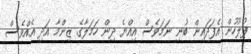
ފުލުހުން އެފަދައިން ބުނި ނަމަވެސް އިއްޔެ ދިން ހަމަލާގެ ޒިންމާ އަދި އެއްވެސް